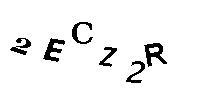
2ECZ2R